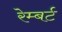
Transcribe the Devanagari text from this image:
रेम्बर्ट